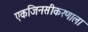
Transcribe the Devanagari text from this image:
एकजिनसीकरणाला